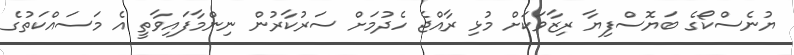
ޔުނެސްކޯގެ ބަޔޮސްފިޔާ ރިޒާވަކަށް މުޅި ރާއްޖެ ހެދުމަށް ސަރުކާރުން ނިންމާފައިވާތީ އެ މަސައްކަތުގެ